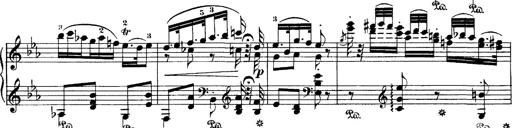
Title: Hungarian Rhapsody No.4
Composer: Franz Liszt
Key: E-flat major